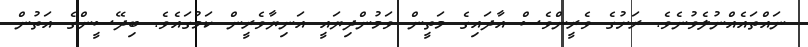
ނައްތައެއްނުލެވުނެވެ. ރަށުގެ ވެރީންވެސް އާދައިގެ މަތީން ވަމުންދިޔައީ އަނިޔާވެރީން ކަމުގައެވެ. ބިދޭސީންގެ އަތުން